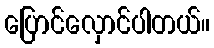
ပြောင်လှောင်ပါတယ်။